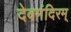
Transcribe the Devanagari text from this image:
देवमंदिरम्